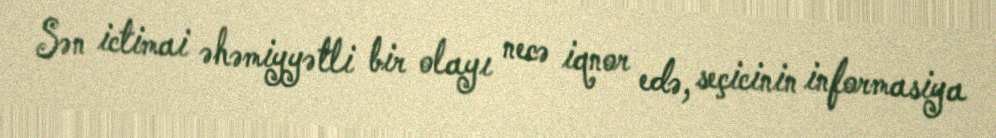
Sən ictimai əhəmiyyətli bir olayı necə iqnor edə, seçicinin informasiya